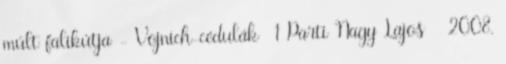
múlt falikútja - Vojnich-cédulák 1 Parti Nagy Lajos 2008.